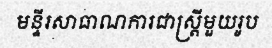
មន្ទីរសាធាណការជាស្ត្រីមួយរូប